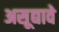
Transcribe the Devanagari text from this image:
असूद्यावे